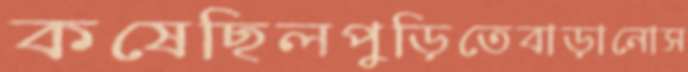
কষেছিলপুড়িতেবাড়ানোস